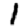
Digit: 1